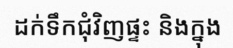
ដក់ទឹកជុំវិញផ្ទះ និងក្នុង